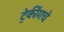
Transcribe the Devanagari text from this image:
ट्रेकींगचे